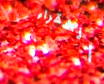
الشقراء